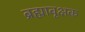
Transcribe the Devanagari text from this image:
ब्रह्मावृक्षक